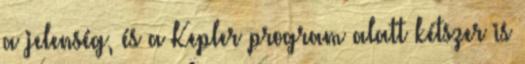
a jelenség, és a Kepler program alatt kétszer is